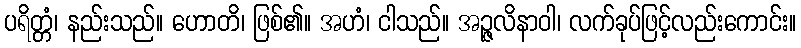
ပရိတ္တံ၊ နည်းသည်။ ဟောတိ၊ ဖြစ်၏။ အဟံ၊ ငါသည်။ အဉ္ဇလိနာဝါ၊ လက်ခုပ်ဖြင့်လည်းကောင်း။